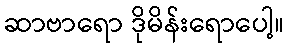
ဆာဗာရော ဒိုမိန်းရောပေါ့။